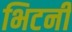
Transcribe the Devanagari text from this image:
भिटनी